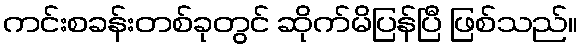
ကင်းစခန်းတစ်ခုတွင် ဆိုက်မိပြန်ပြီ ဖြစ်သည်။